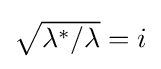
{\textstyle {\sqrt {{\lambda ^{*}}/{\lambda }}}=i}